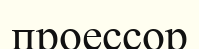
проессор